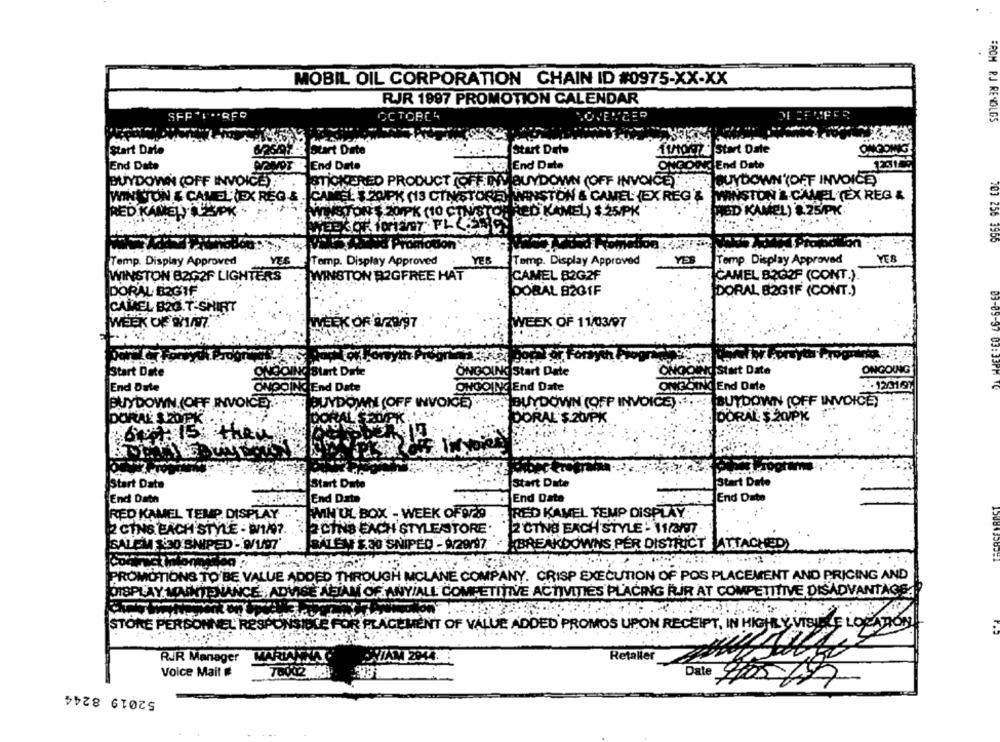
MOBIL OIL CORPORATION CHAIN ID #0975-XX-XX
RJR 1997 PROMOTION CALENDAR
OCTOBER
.OVENCER
FROM P.J REVOLGS
Start Date
rt Diete
Start Dato
Timoc ] Start Date
OMGOMG
End Date
NOVOT End Date
Yo End Date
ONGOING End Date
123109
BUYDOWN (OFF INVOICE)!"
MICKERED PRODUCT (OFFINY BUYDOWN (OFF INVOICE). BUYDOWN (OFF INVOICE)
NETON & CAMELTEX REG &
HEL $ 2OPK (13 CTNSTORE) WINSTON & CAMEL (EX REG'&
WINSTON & CAMEL (EX REG &
RED KANEL LEPK
DEN KAMEL) $25/PK
HED KAMEL) 8.25/PK
(10 CTNISTO
703 255 3955
Temp. Display Approved
YES
Temp. Display Approved
YES
YES
Temp. Display Approved
YES
Temp. Display Approved
WINSTON B2G2F LIGHTERS
WINSTON R2GFREE HAT
CAMEL B2G2F
CAMEL B2G2F (CONT.).
DORAL B2GIF
DORAL 82G1F
DORAL 82G1F (CONT.)
CAMEL B2G.T-SHIRT
WEEK OF 91/97.
WEEK OF 92097
WEEK OF 11/03/97
ONGOINGStart Date
ONGOING
Start Date
Blart Date
ONGOING Start Date
NOOIN
83-09-37 03:33PM 10
End Date
End Date
ONGOING End Date
ONGOING End Date
.. 120197
BUYDOWN (OFF INVOICE 4
BUYDOWN
NVOICE)
BUYDOWN (OFF INVOICE) .
BUYDOWN (OFF INVOICE)
DORAL SZOPK.
DORAL'S.20/PK
DORAL: 20/PK
but Is the
Start Date
Start Date
Start Date
Start Date
End Date
End Date
End Date
End Date
RED KAMEL TEMP. DISPLAY
MINUL BOX - WEEK OF 9/29
RED KAMEL TEMP DISPLAY
2 CINS. EACH STYLE - 9/1/9 ?.
2CINS EACH STYLESTORE
2 CTNG EACH STYLE - W/377
SALEM Si30'SNIPED - W/197
BALEN
$30 SNIPED - 9/29/97.
BREAKDOWNS PER DISTRICT ATTACHED
PROMOTIONS TO BE VALUE ADDED THROUGH
MCLANE COMPANY. CRISP EXECUTION OF POS PLACEMENT AND PRICING AND
DISPLAY MAINTENANCE,ADVISE AFJAM OF ANY
AFIAM OF ANY/ALL COMPETITIVE ACTIVITIES PLACING RIR AT COMPETITIVE DISADVANTAGE.
STORE PERSONNEL RESP
OR PLACEMENT OF VALUE ADDED PROMOS UPON RECEIPT, IN HIGHLY VISIN E LOCATION
RJR Manager
Retaller
Voice Mail #
Date 99051
52019 8244
. ..